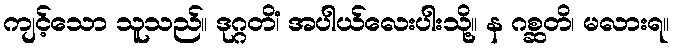
ကျင့်သော သူသည်။ ဒုဂ္ဂတိံ၊ အပါယ်လေးပါးသို့။ န ဂစ္ဆတိ၊ မလားရ။